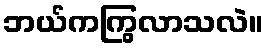
ဘယ်ကကြွလာသလဲ။